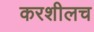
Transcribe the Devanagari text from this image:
करशीलच